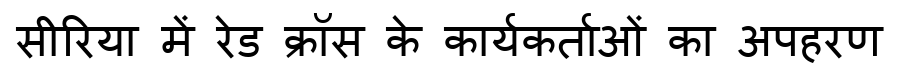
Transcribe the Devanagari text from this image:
सीरिया में रेड क्रॉस के कार्यकर्ताओं का अपहरण